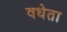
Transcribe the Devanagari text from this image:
वधेता